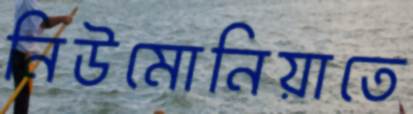
নিউমোনিয়াতে